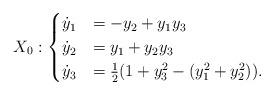
LaTeX: \begin{align*}X_0 :\begin{cases}\dot y_1 & = -y_2 +y_1 y_3 \\\dot y_2 &= y_1 + y_2 y_3 \\\dot y_3 & = \frac{1}{2}(1 + y_3^2 -(y_1^2 + y_2^2)).\end{cases}\end{align*}